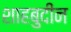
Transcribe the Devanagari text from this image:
शाहबुदीन